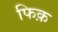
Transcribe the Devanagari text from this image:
फिक़